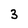
Character: 3